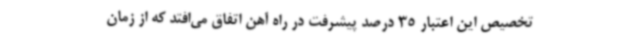
تخصیص این اعتبار 35 درصد پیشرفت در راه آهن اتفاق می‌افتد که از زمان